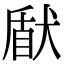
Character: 𤟢